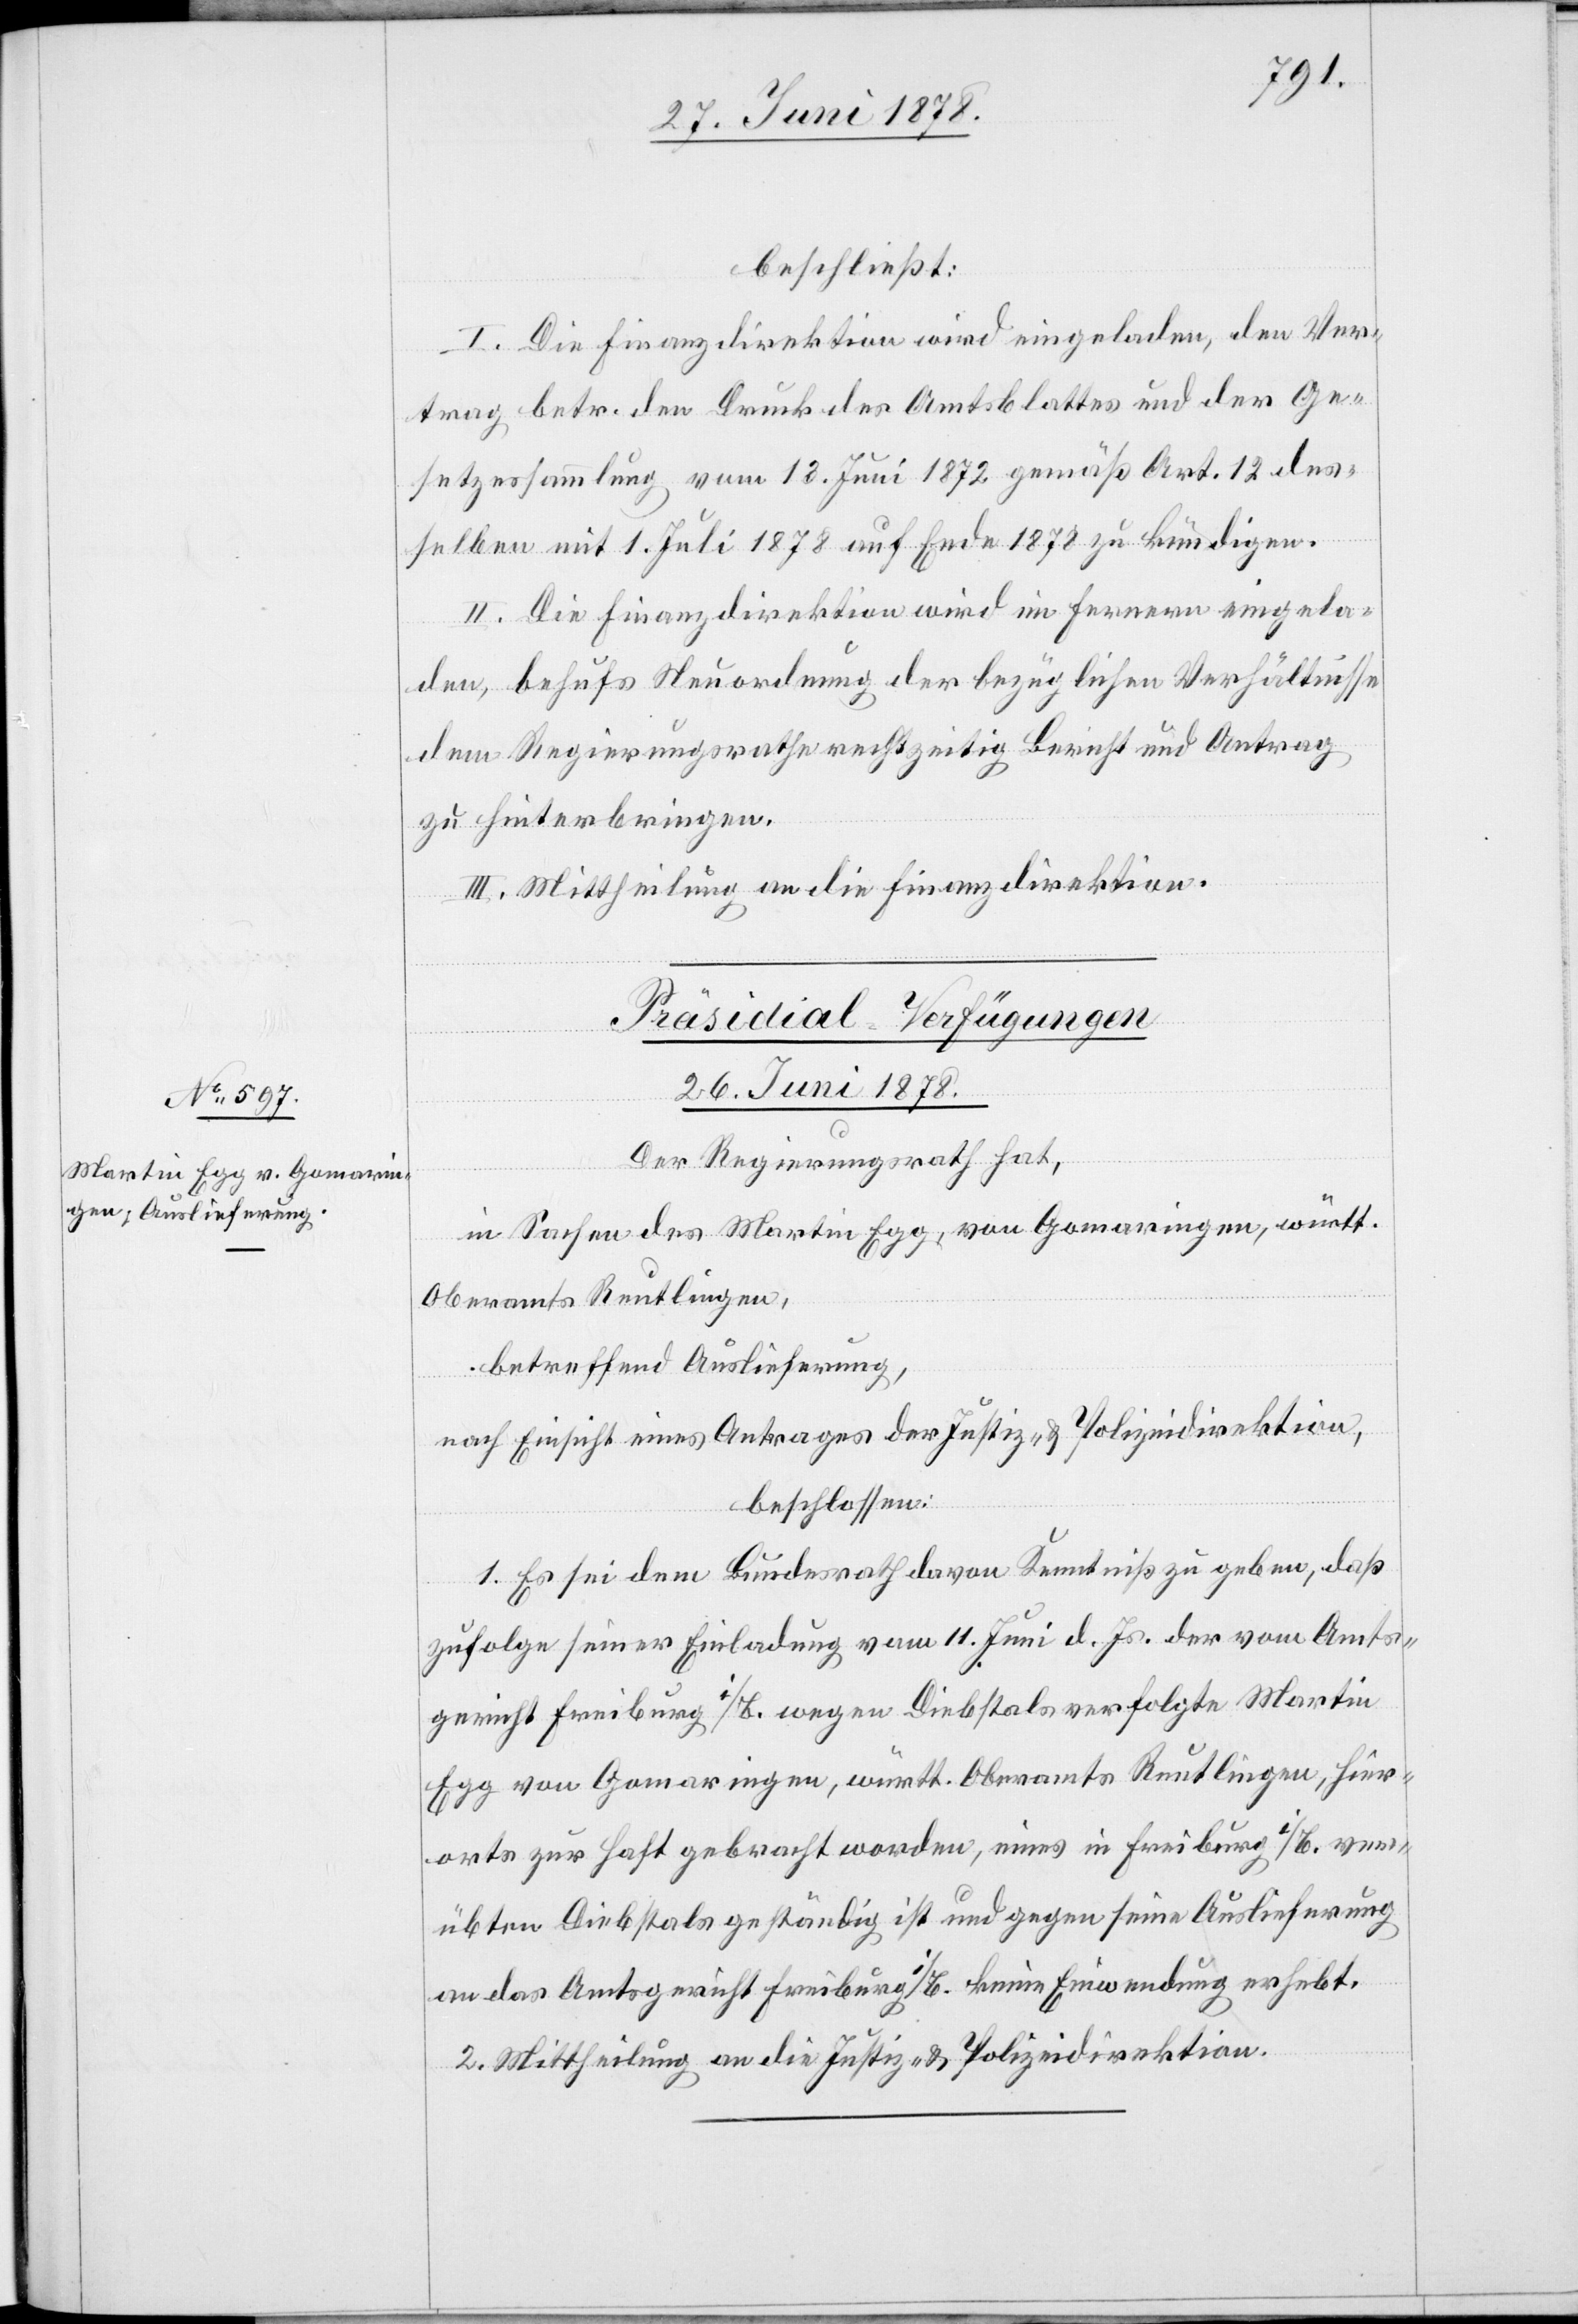
beschließt:
I. Die Finanzdirektion wird eingeladen, den Ver¬
trag betr. den Druck des Amtsblattes und der Ge¬
setzessammlung vom 13. Juni 1872 gemäß Art. 12 des¬
selben mit 1. Juli 1878 auf Ende 1878 zu kündigen.
II. Die Finanzdirektion wird im Fernern eingela¬
den, behufs Neuordnung der bezüglichen Verhältnisse
dem Regierungsrathe rechtzeitig Bericht und Antrag
zu hinterbringen.
III. Mittheilung an die Finanzdirektion.
Präsidial-Verfügungen
26. Juni 1878.
Der Regierungsrath hat,
in Sachen des Martin Egg, von Gomaringen, württ.
Oberamts Reutlingen,
betreffend Auslieferung,
nach Einsicht eines Antrages der Justiz- & Polizeidirektion,
beschlossen:
1. Es sei dem Bundesrath davon Kenntniß zu geben, daß
zufolge seiner Einladung vom 11. Juni d. Js. der vom Amts¬
gericht Freiburg i/B. wegen Diebstals verfolgte Martin
Egg von Gomaringen, württ. Oberamts Reutlingen, hier¬
orts zur Haft gebracht worden, eines in Freiburg i/B. ver¬
übten Diebstals geständig ist und gegen seine Auslieferung
an das Amtsgericht Freiburg i/B. keine Einwendung erhebt.
2. Mittheilung an die Justiz- & Polizeidirektion.